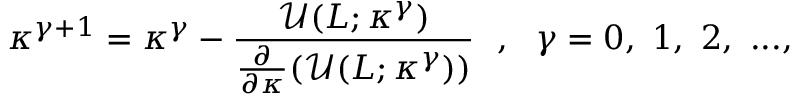
\kappa ^ { \gamma + 1 } = \kappa ^ { \gamma } - \frac { \mathcal { U } ( L ; \kappa ^ { \gamma } ) } { \frac { \partial } { \partial \kappa } ( \mathcal { U } ( L ; \kappa ^ { \gamma } ) ) } ~ ~ , ~ ~ \gamma = 0 , ~ 1 , ~ 2 , ~ . . . ,